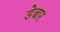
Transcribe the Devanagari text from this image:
डेबार